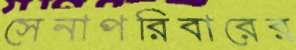
সেনাপরিবারের